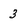
Character: 3